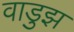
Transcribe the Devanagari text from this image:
वाडुझ